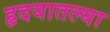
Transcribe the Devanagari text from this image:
हृदयातल्या